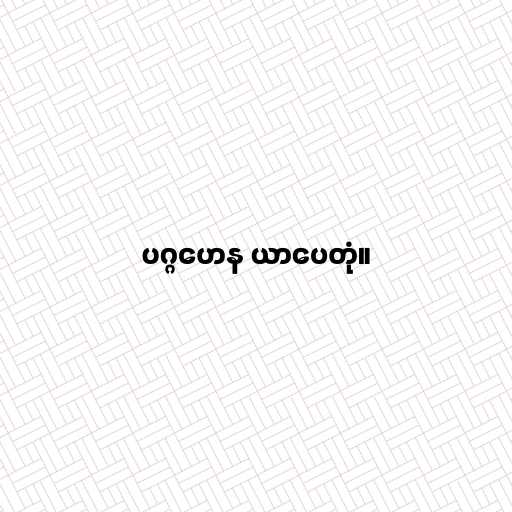
ပဂ္ဂဟေန ယာပေတုံ။